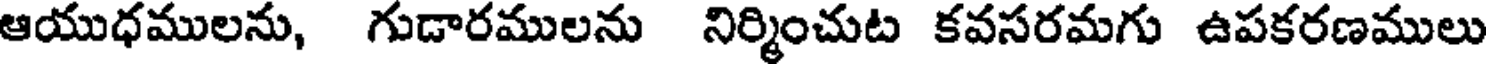
ఆయుధములను, గుడారములను నిర్మించుట కవసరమగు ఉపకరణములు